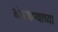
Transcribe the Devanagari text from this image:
नेत्रमण्याच्या